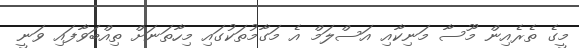
މީގެ ތެރެއިން މޫސާ މަނިކާއި އަސްލަމް އެ މަގާމުތަކުގައި މިހާތަނަށް ތިއްބަވާފައި ވަނީ